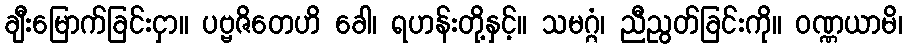
ချီးမြောက်ခြင်းငှာ။ ပဗ္ဗဇိတေဟိ ခေါ၊ ရဟန်းတို့နှင့်။ သမဂ္ဂံ၊ ညီညွတ်ခြင်းကို။ ဝဏ္ဏယာမိ၊